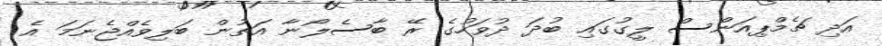
އަދި ޗެމްޕިއަންސް ލީގުގައި ބުދަ ދުވަހުގެ ރޭ ބާސެލޯނާ އަތުން ބަލިވެއްޖެނަމަ އެ